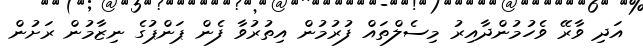
އަދި ވާރޭ ވެހުމުންދާއިރު މިސެލްތައް ފުރުމުން އިތުރުވާ ފެން ޕަންޕުގެ ނިޒާމުން ރަށުން